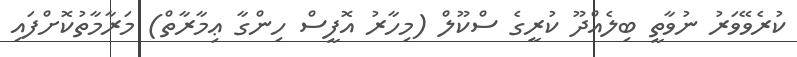
ކުރެވޭވަރު ނުވާތީ ބިލެއްދޫ ކުރީގެ ސްކޫލް (މިހާރު އޮފީސް ހިންގާ ޢިމާރާތް) މަރާމާތުކޮށްފައި